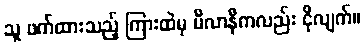
သူ ဖက်ထားသည့် ကြားထဲမှ မီလာနီကလည်း ငိုလျက်။